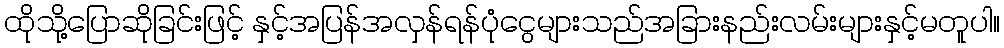
ထိုသို့ပြောဆိုခြင်းဖြင့် နှင့်အပြန်အလှန်ရန်ပုံငွေများသည်အခြားနည်းလမ်းများနှင့်မတူပါ။